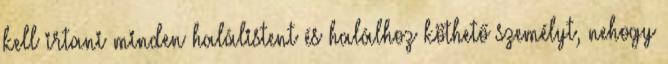
kell irtani minden halálistent és halálhoz köthető személyt, nehogy